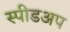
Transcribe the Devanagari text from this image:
स्पीडअप